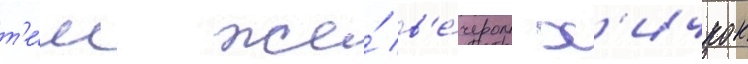
т'е́м же́ в'е́чером х'ичкок